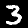
Label: 3